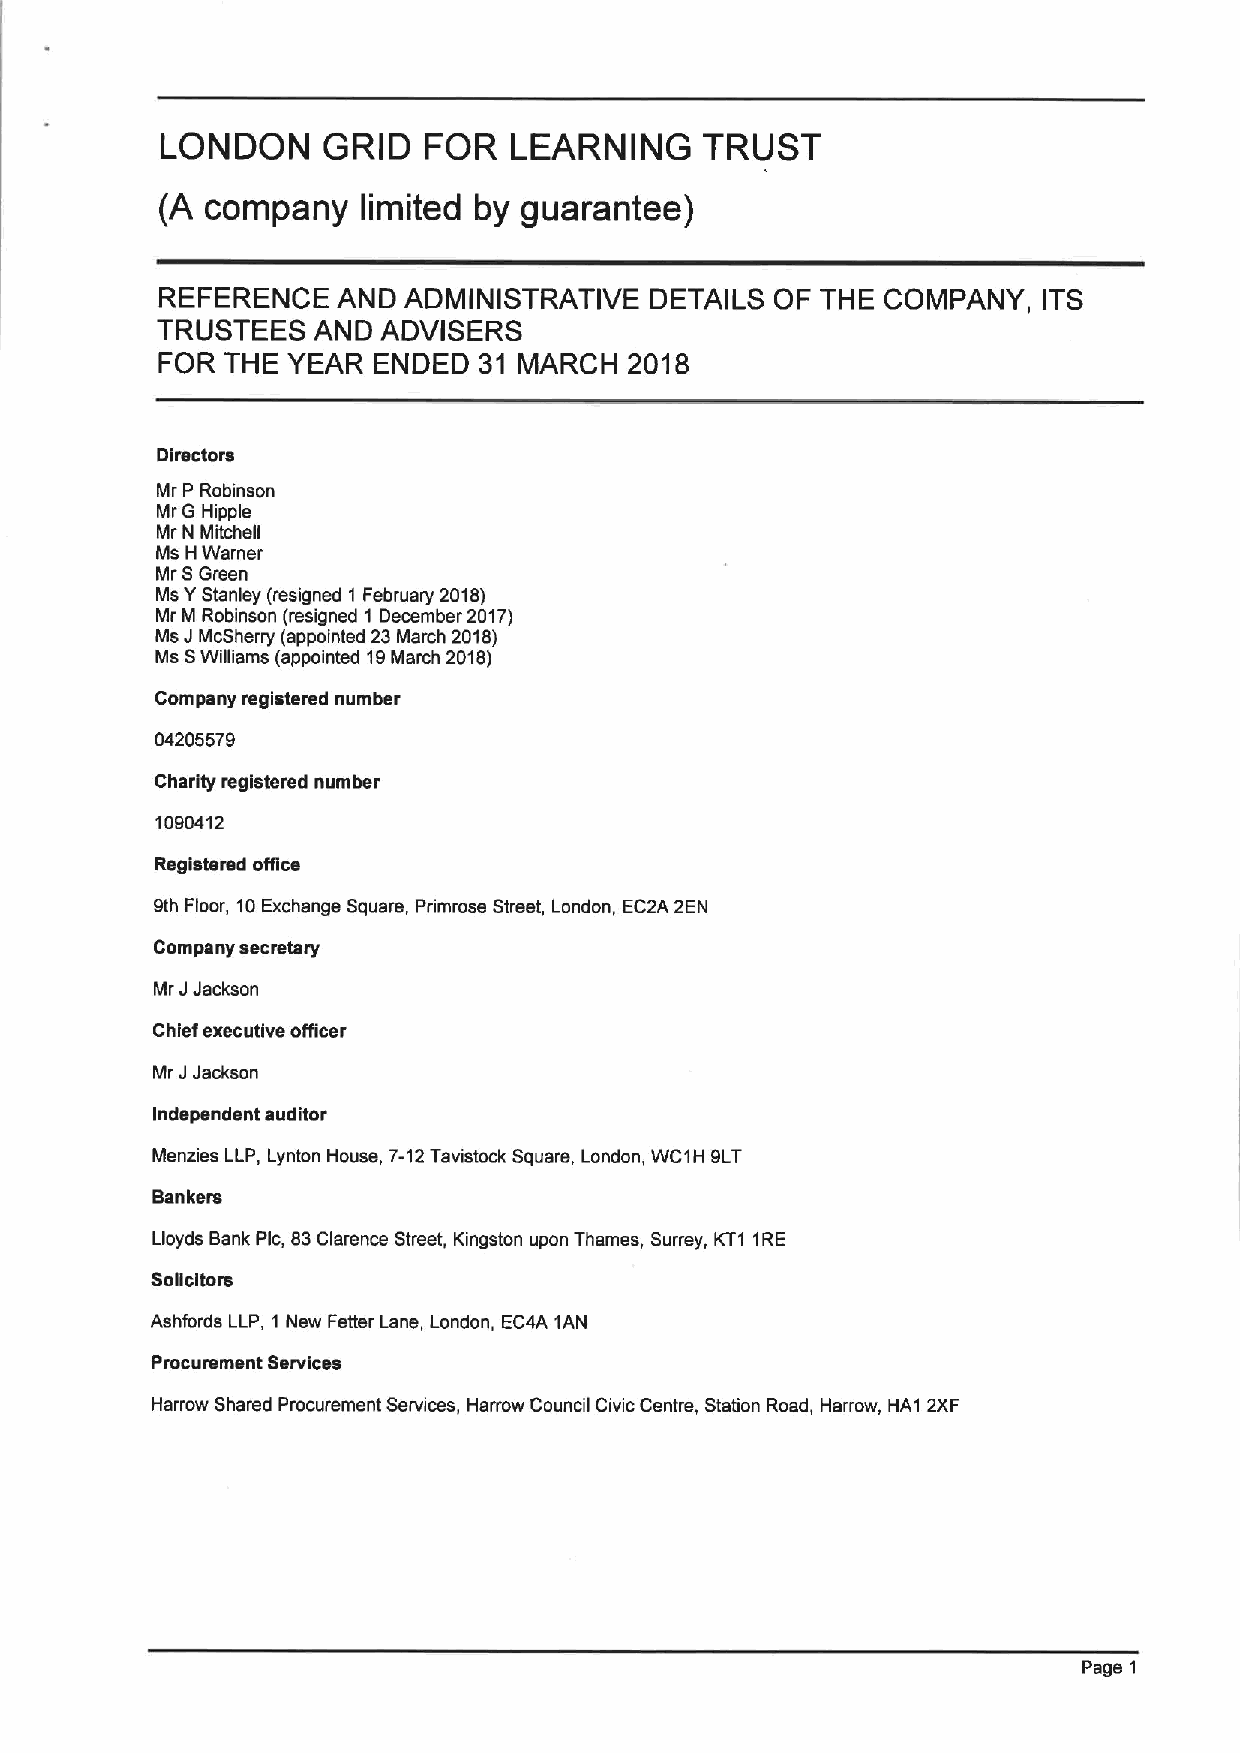
LONDON    GRID   FOR   LEARNING     TRUST
 (A company   limited by guarantee)
 REFERENCE   AND  ADMINISTRATIVE  DETAILS OF THE  COMPANY,  ITS
 TRUSTEES   AND ADVISERS
 FOR  THE YEAR  ENDED  31 MARCH  2018
 Dlmctors
 Mr P Robinson
 Mr G Hippie
 Mr N Mitchell
 Ms HWarner
 Mr SGreen
 Ms YStanley (resigned 1 February 2018)
 Mr M Robinson (resigned 1 December 2017)
 Ms JMcSherry (appointed 23March 2018)
 Ms SWilliams (appointed 19March 2018)
 Company registered number
 04205579
 Charity registered number
 1090412
 Registered office
 9th Floor, 10Exchange Square, Primrose Street, London, EC2A 2EN
 Company secmtary
 Mr JJackson
 Chief executive officer
 Mr JJackson
 Independent auditor
 Menzies LLP, Lynton House, 7-12Tavistock Square, London, WC1H 9LT
 Bankers
 Lloyds Bank Pic, 83Clarence Street, Kingston upon Thames, Surrey, KT1 1RE
 Solicitors
 Ashfords LLP, 1 New Fetter Lane, London, EC4A 1AN
 Procurement Services
 Harrow Shared Procurement Services, Harrow Council Civic Centre, Station Road, Harrow, HA1 2XF
 Page 1